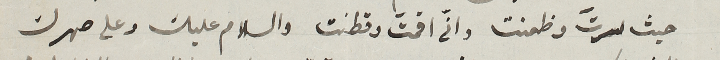
حيث سرتَ وظعنت  وانّى اقمتَ وقطنت والسلام عليك وعلى صهرك